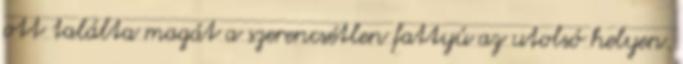
ott találta magát a szerencsétlen fattyú az utolsó helyen.